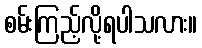
စမ်းကြည့်လို့ရပါသလား။